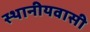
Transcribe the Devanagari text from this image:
स्थानीयवासी